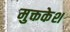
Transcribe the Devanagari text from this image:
मुक्तकेश